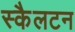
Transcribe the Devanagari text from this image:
स्कैलटन